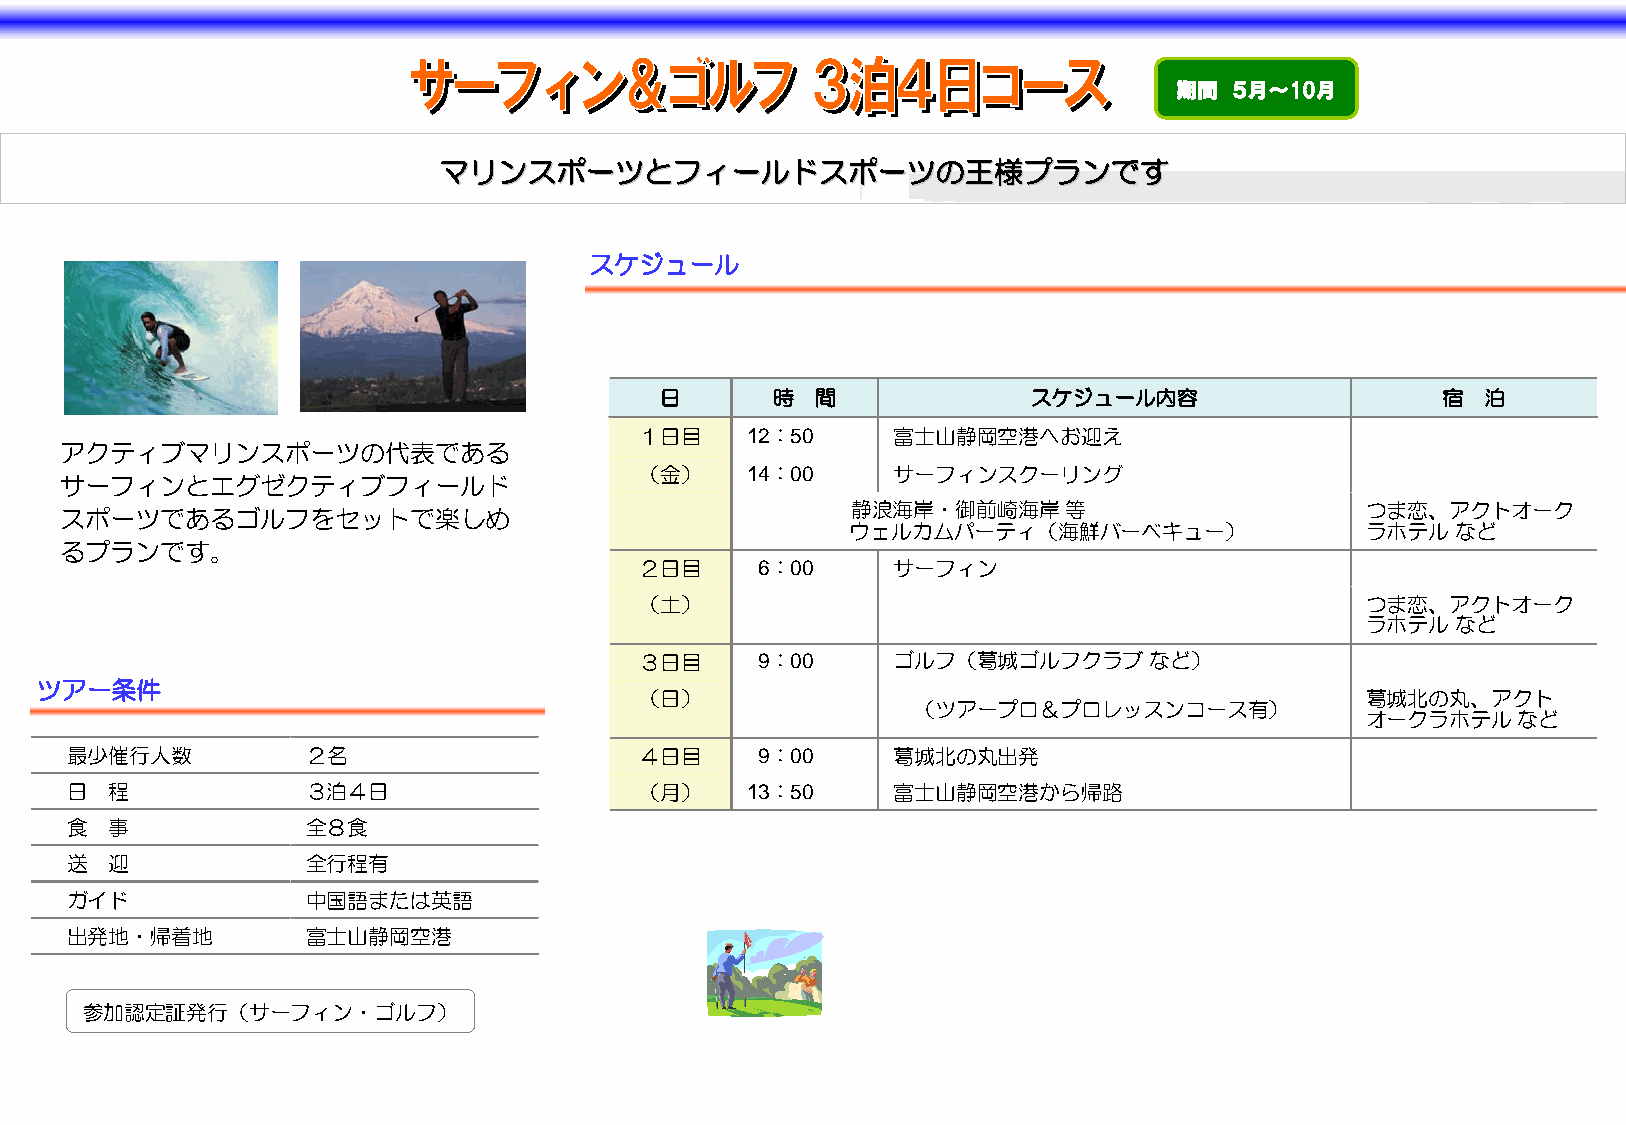
期間  ５月～10月
 ママリリンンススポポーーツツととフフィィーールルドドススポポーーツツのの王王様様ププラランンでですす
 スケジュール
 日      時  間             スケジュール内容                    宿 泊
 １日目    12：50    富士山静岡空港へお迎え
 アクティブマリンスポーツの代表である
 （金）    14：00    サーフィンスクーリング
 サーフィンとエグゼクティブフィールド
 静浪海岸・御前崎海岸等                       つま恋、アクトオーク
 スポーツであるゴルフをセットで楽しめ
 ウェルカムパーティ（海鮮バーベキュー）                ラホテルなど
 るプランです。
 ２日目    6：00     サーフィン
 （土）                                             つま恋、アクトオーク
 ラホテルなど
 ３日目    9：00     ゴルフ（葛城ゴルフクラブなど）
 ツアー条件
 （日）                                             葛城北の丸、アクト
 （ツアープロ＆プロレッスンコース有）
 オークラホテルなど
 最少催行人数          ２名                    ４日目    9：00     葛城北の丸出発
 日 程             ３泊４日                  （月）    13：50    富士山静岡空港から帰路
 食 事             全８食
 送 迎             全行程有
 ガイド             中国語または英語
 出発地・帰着地         富士山静岡空港
 参加認定証発行（サーフィン・ゴルフ）